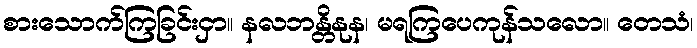
စားသောက်ကြခြင်းငှာ။ နလဘန္တိနုန၊ မရကြပေကုန်သလော။ တေသံ၊